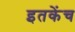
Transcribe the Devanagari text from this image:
इतकेंच